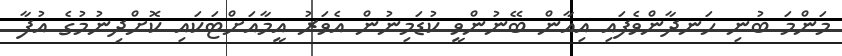
މަންމަ ބުނި ހަނދާންވެފައި އިއާން ބޭނުންވީ ކުޑަމިނުން އެވަރު އީމާއަށްޓަކައި ކޮށްދިނުމުގެ އުފާ